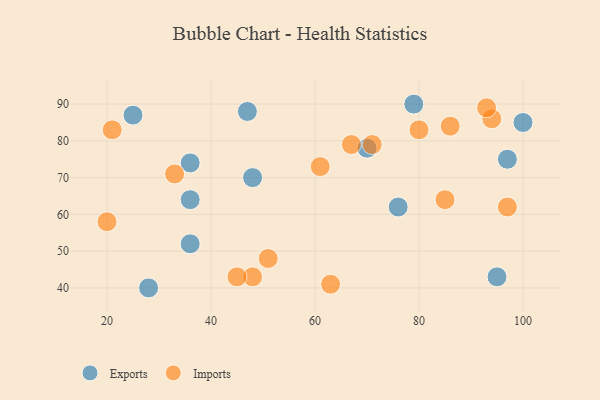
{"axis": {"x": "GDP", "y": "Life Expectancy"}, "legend": ["Exports", "Imports"], "data": [{"x": "36", "y": 74, "type": "Exports"}, {"x": "48", "y": 70, "type": "Exports"}, {"x": "28", "y": 40, "type": "Exports"}, {"x": "100", "y": 85, "type": "Exports"}, {"x": "70", "y": 78, "type": "Exports"}, {"x": "79", "y": 90, "type": "Exports"}, {"x": "95", "y": 43, "type": "Exports"}, {"x": "47", "y": 88, "type": "Exports"}, {"x": "76", "y": 62, "type": "Exports"}, {"x": "36", "y": 64, "type": "Exports"}, {"x": "25", "y": 87, "type": "Exports"}, {"x": "97", "y": 75, "type": "Exports"}, {"x": "36", "y": 52, "type": "Exports"}, {"x": "80", "y": 83, "type": "Imports"}, {"x": "21", "y": 83, "type": "Imports"}, {"x": "67", "y": 79, "type": "Imports"}, {"x": "94", "y": 86, "type": "Imports"}, {"x": "61", "y": 73, "type": "Imports"}, {"x": "51", "y": 48, "type": "Imports"}, {"x": "93", "y": 89, "type": "Imports"}, {"x": "71", "y": 79, "type": "Imports"}, {"x": "48", "y": 43, "type": "Imports"}, {"x": "85", "y": 64, "type": "Imports"}, {"x": "20", "y": 58, "type": "Imports"}, {"x": "45", "y": 43, "type": "Imports"}, {"x": "63", "y": 41, "type": "Imports"}, {"x": "86", "y": 84, "type": "Imports"}, {"x": "33", "y": 71, "type": "Imports"}, {"x": "97", "y": 62, "type": "Imports"}]}